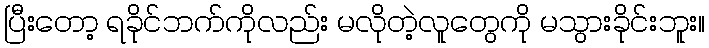
ပြီးတော့ ရခိုင်ဘက်ကိုလည်း မလိုတဲ့လူတွေကို မသွားခိုင်းဘူး။